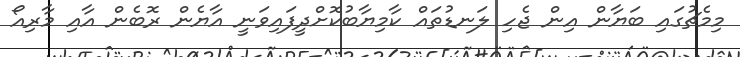
މިމެޗުގައި ބަޔާން އިން ޖެހި ލަނޑުތައް ކާމިޔާބުކޮށްދީފައިވަނީ އާޔެން ރޮބެން އާއި މާރިއޯ